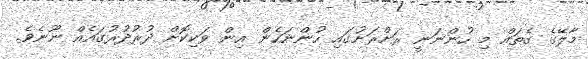
މާލޭގެ ގެތައް މި ހުންނަނީ ރަށްރަށުގައި ހުންނަހެން އިން ވަކިކޮށް ދުރުދުރުގައެއް ނޫނެވެ.